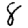
Digit: 8